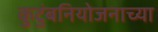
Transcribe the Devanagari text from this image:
कुटुंबनियोजनाच्या